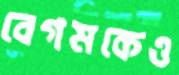
বেগমকেও